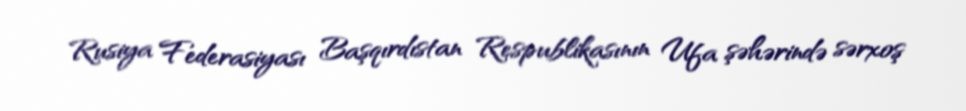
Rusiya Federasiyası Başqırdıstan Respublikasının Ufa şəhərində sərxoş